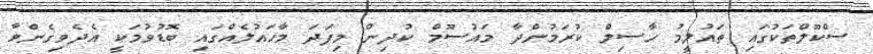
ސްކޫލްތަކުގައި ތައުލީމު ހާސިލް ކުރަމުންދާ މައުސޫމް ކުދިން މިފަދަ މާހައުލެއްގައި ބޮޑުވުމަކީ އެދެވިގެންވާ